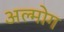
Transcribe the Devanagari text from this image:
अल्मोग